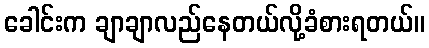
ခေါင်းက ချာချာလည်နေတယ်လို့ခံစားရတယ်။